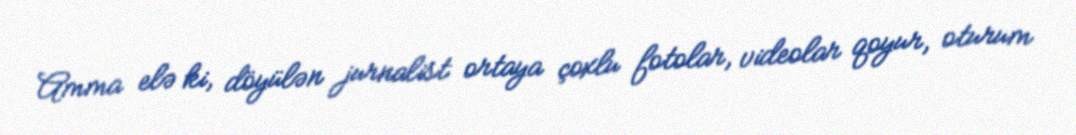
Amma elə ki, döyülən jurnalist ortaya çoxlu fotolar, videolar qoyur, oturum